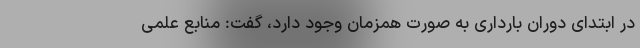
در ابتدای دوران بارداری به صورت همزمان وجود دارد، گفت: منابع علمی